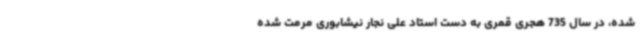
شده، در سال 735 هجری قمری به دست استاد علی نجار نیشابوری مرمت شده